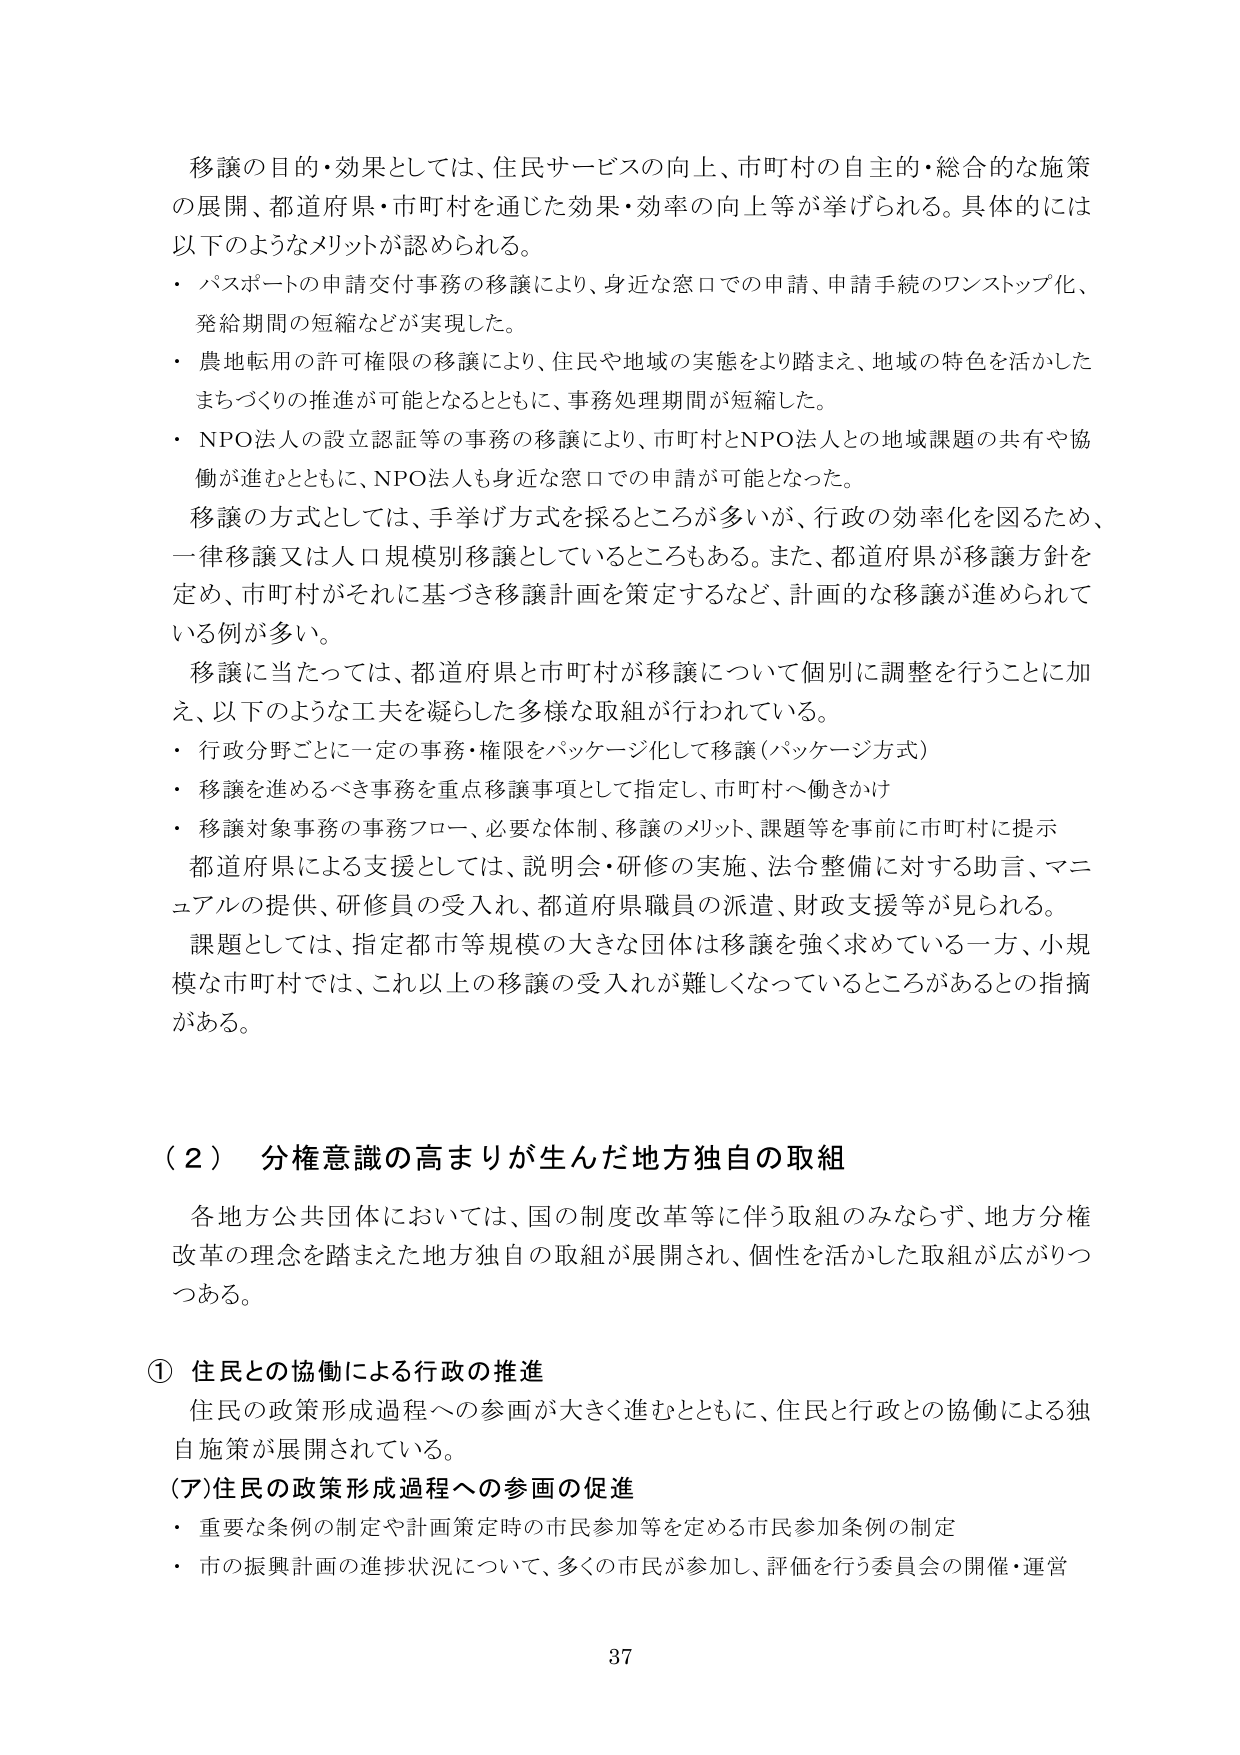
移譲の目的・効果としては、住民サービスの向上、市町村の自主的・総合的な施策の展開、都道府県・市町村を通じた効果・効率の向上等が挙げられる。具体的には以下のようなメリットが認められる。

・ パスポートの申請交付事務の移譲により、身近な窓口での申請、申請手続のワンストップ化、発給期間の短縮などが実現した。

・ 農地転用の許可権限の移譲により、住民や地域の実態をより踏まえ、地域の特色を活かしたまちづくりの推進が可能となるとともに、事務処理期間が短縮した。

・ NPO法人の設立認証等の事務の移譲により、市町村とNPO法人との地域課題の共有や協働が進むとともに、NPO法人も身近な窓口での申請が可能となった。

移譲の方式としては、手挙げ方式を採るところが多いが、行政の効率化を図るため、一律移譲又は人口規模別移譲としているところもある。また、都道府県が移譲方針を定め、市町村がそれに基づき移譲計画を策定するなど、計画的な移譲が進められている例が多い。

移譲に当たっては、都道府県と市町村が移譲について個別に調整を行うことに加え、以下のような工夫を凝らした多様な取組が行われている。

・ 行政分野ごとに一定の事務・権限をパッケージ化して移譲（パッケージ方式）

・ 移譲を進めるべき事務を重点移譲事項として指定し、市町村へ働きかけ

・ 移譲対象事務の事務フロー、必要な体制、移譲のメリット、課題等を事前に市町村に提示

都道府県による支援としては、説明会・研修の実施、法令整備に対する助言、マニュアルの提供、研修員の受入れ、都道府県職員の派遣、財政支援等が見られる。

課題としては、指定都市等規模の大きな団体は移譲を強く求めている一方、小規模な市町村では、これ以上の移譲の受入れが難しくなっているところがあるとの指摘がある。

（２） 分権意識の高まりが生んだ地方独自の取組

各地方公共団体においては、国の制度改革等に伴う取組のみならず、地方分権改革の理念を踏まえた地方独自の取組が展開され、個性を活かした取組が広がりつつある。

① 住民との協働による行政の推進

住民の政策形成過程への参画が大きく進むとともに、住民と行政との協働による独自施策が展開されている。

（ア）住民の政策形成過程への参画の促進

・ 重要な条例の制定や計画策定時の市民参加等を定める市民参加条例の制定

・ 市の振興計画の進捗状況について、多くの市民が参加し、評価を行う委員会の開催・運営

37